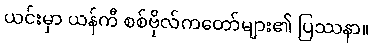
ယင်းမှာ ယန်ကီ စစ်ဗိုလ်ကတော်များ၏ ပြဿနာ။